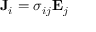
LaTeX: \mathbf { J } _ { i } = { \boldsymbol { \sigma } } _ { i j } \mathbf { E } _ { j }